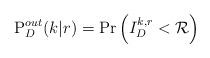
LaTeX: \begin{align*}{\rm{P}}_D^{out}(k|r) = \Pr \left( {I_D^{k,r} < {\cal R}} \right)\end{align*}